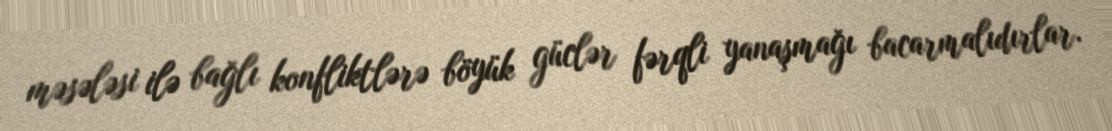
məsələsi ilə bağlı konfliktlərə böyük güclər fərqli yanaşmağı bacarmalıdırlar.